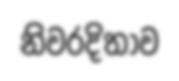
නිවරදිතාව